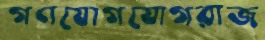
গণযোগযোগরাজ